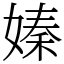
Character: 嫀